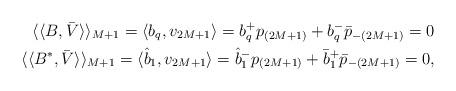
LaTeX: \begin{align*}\langle\langle B, \bar{V} \rangle\rangle_{M+1}=\langle b_q, v_{2M+1}\rangle= b^+_q p_{(2M+1)}+b^-_q \bar{p}_{-(2M+1)}= 0\\\langle\langle B^*, \bar{V} \rangle\rangle_{M+1}=\langle \hat{b}_1, v_{2M+1}\rangle= \hat{b}^-_1 p_{(2M+1)}+\bar{b}^+_1 \bar{p}_{-(2M+1)}= 0,\end{align*}